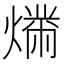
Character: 𬋉